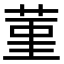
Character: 菫